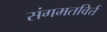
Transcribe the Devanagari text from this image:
संगमतविर्त्त